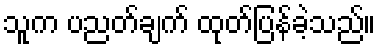
သူက ပညတ်ချက် ထုတ်ပြန်ခဲ့သည်။